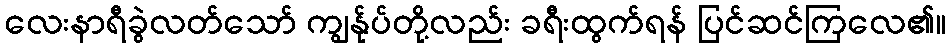
လေးနာရီခွဲလတ်သော် ကျွန်ုပ်တို့လည်း ခရီးထွက်ရန် ပြင်ဆင်ကြလေ၏။